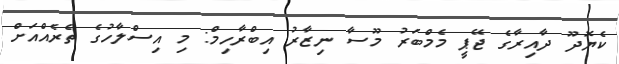
ކެޔޮދޫ ދާއިރާގެ ޖޭޕީ މެމްބަރު މޫސާ ނިޒާރު އިބްރާހިމް: މި އިސްލާހުގެ ތެރެއްއަށް